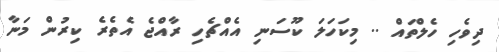
ދިވެހި ހެލްތައް .. މިކަހަލަ ކޫސަނި އެއްޗެހި ރާއްޖެ އެތެރެ ކިރުން މަނާ